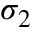
\sigma _ { 2 }